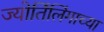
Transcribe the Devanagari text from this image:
ज्‍योर्तिलिंगाच्‍या